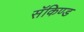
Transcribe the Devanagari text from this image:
सॅकिण्ड